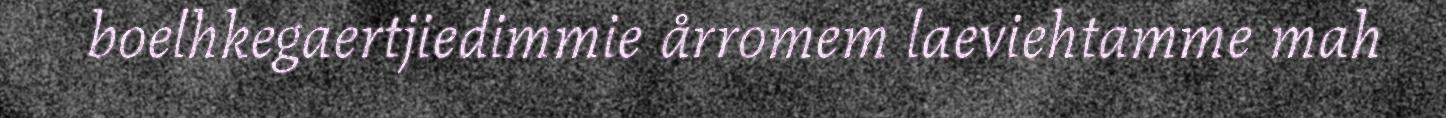
boelhkegaertjiedimmie årromem laeviehtamme mah